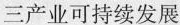
三产业可持续发展